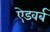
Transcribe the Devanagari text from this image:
ऐडवर्ब